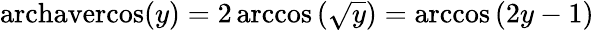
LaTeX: \operatorname{archavercos}(y)=2\operatorname{arccos}\left({\sqrt{y}}\right)=\operatorname{arccos}\left(2y-1\right)